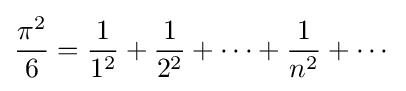
{\frac {\pi ^{2}}{6}}={\frac {1}{1^{2}}}+{\frac {1}{2^{2}}}+\cdots +{\frac {1}{n^{2}}}+\cdots